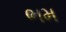
ભમ